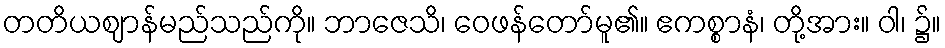
တတိယဈာန်မည်သည်ကို။ ဘာဇေသိ၊ ဝေဖန်တော်မူ၏။ ဧကစ္စာနံ၊ တို့အား။ ဝါ၊ ၌။